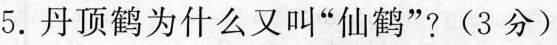
5.丹顶鹤为什么又叫”仙鹤”？(3分)